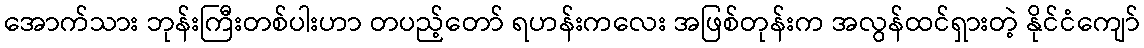
အောက်သား ဘုန်းကြီးတစ်ပါးဟာ တပည့်တော် ရဟန်းကလေး အဖြစ်တုန်းက အလွန်ထင်ရှားတဲ့ နိုင်ငံကျော်